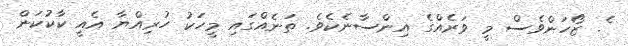
ެ. ޒޯހަންވެސް މީ ވަރެއްގެ އިންސާނެކެވެ. ތަނެއްގައި މީހަކު ހުރިއްޔާ އެއީ ކާކުކަން